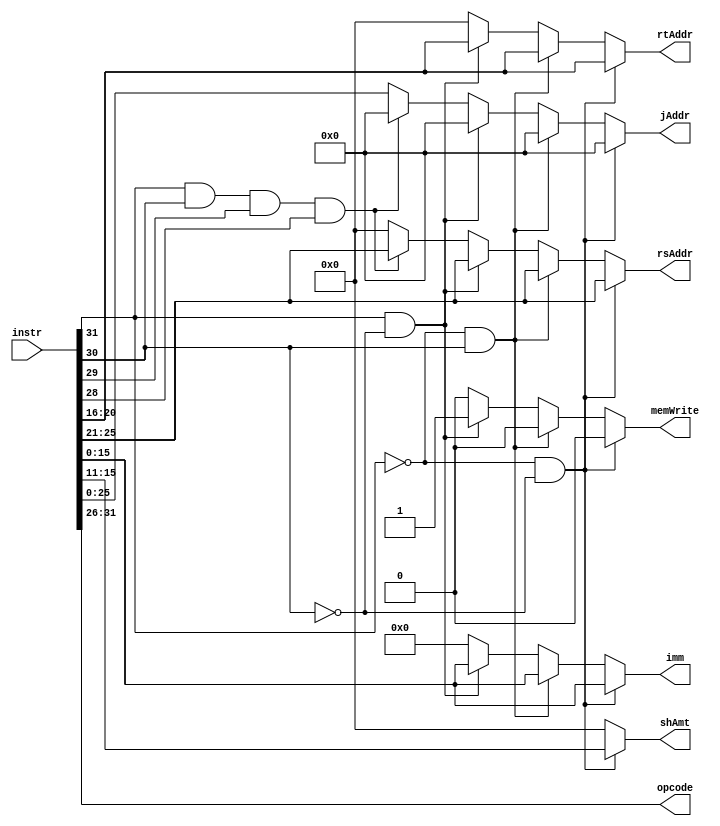
`timescale 1ns / 1ps
//////////////////////////////////////////////////////////////////////////////////
// Company: 
// Engineer: 
// 
// Design Name: 
// Module Name:    instructionDecode 
// Project Name: 
// Target Devices: 
// Tool versions: 
// Description: 
//
// Dependencies: 
//
// Revision: 
// Revision 0.01 - File Created
// Additional Comments: 
//
//////////////////////////////////////////////////////////////////////////////////
module instructionDecode(
    input [31:0] instr,
	 output reg [5:0]opcode,
	 output reg [4:0]rsAddr,
	 output reg [4:0]rtAddr,
	  output reg [4:0]shAmt,
	 output reg [15:0]imm,
	  output reg [25:0]jAddr,
	  output reg memWrite
	 
    );

always @(*)
begin
	opcode=instr[31:26];       //Opcode is always the first 3 bits
	memWrite=0;
	if(opcode[5]==0 && opcode[4]==0)        //Arithmetic and Shift Operations
		begin
		rsAddr=instr[25:21];
		rtAddr=instr[20:16];
		shAmt=instr[15:11];
		imm=instr[15:0];
		jAddr=26'b0;
		end
	else if(opcode[5]==0 && opcode[4]==1)   //Load Word Operations
		begin
		rsAddr=instr[25:21];
		rtAddr=instr[20:16];
		shAmt=5'b0;
		imm=instr[15:0];
		jAddr=26'b0;
		end
	else if(opcode[5]==1 && opcode[4]==0)   //Store Word Operations
		begin
		rsAddr=instr[25:21];
		rtAddr=instr[20:16];
		shAmt=5'b0;
		imm=instr[15:0];
		jAddr=26'b0;
		memWrite=1;
		end 
	else if(opcode[5]==1 && opcode[4]==1 && opcode[3]==1 && opcode[2]==1)    //JR Type instruction  
		begin
		rsAddr=instr[25:21];
		rtAddr=5'b0;
		shAmt=5'b0;
		imm=16'b0;
		jAddr=26'b0;
		end
	else                 //Jump type instruction
		begin
		rsAddr=5'b0;
		rtAddr=5'b0;
		shAmt=5'b0;
		imm=16'b0;
		jAddr=instr[25:0];
		end 
end

endmodule